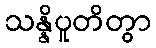
သန္နိပူတိတွာ